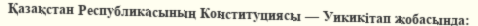
Қазақстан Республикасының Конституциясы — Уикикітап жобасында: